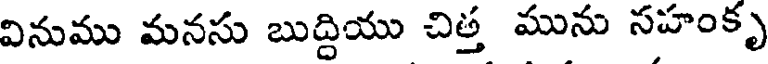
వినుము మనసు బుద్దియు చిత్త మును నహంకృ